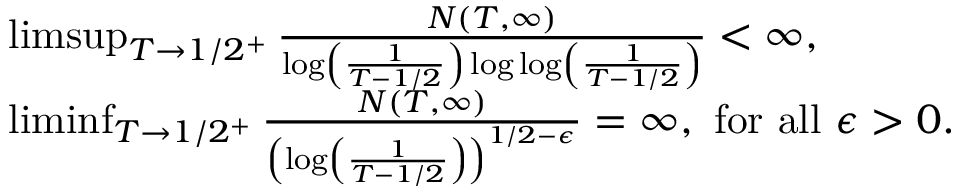
\begin{array} { r l } & { \operatorname* { l i m s u p } _ { T \to 1 / 2 ^ { + } } \frac { N ( T , \infty ) } { \log \left( \frac { 1 } { T - 1 / 2 } \right) \log \log \left( \frac { 1 } { T - 1 / 2 } \right) } < \infty , } \\ & { \operatorname* { l i m i n f } _ { T \to 1 / 2 ^ { + } } \frac { N ( T , \infty ) } { \left( \log \left( \frac { 1 } { T - 1 / 2 } \right) \right) ^ { 1 / 2 - \epsilon } } = \infty , \mathrm { ~ f o r ~ a l l ~ } \epsilon > 0 . } \end{array}